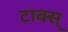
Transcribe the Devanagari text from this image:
टाक्स्